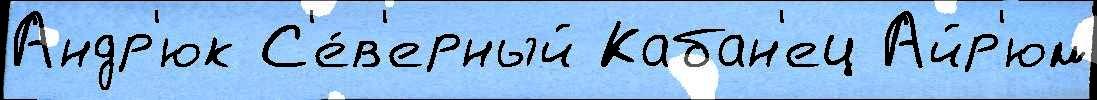
Андр'юк С'е́в'ерный Кабан'ец Айр'юм